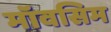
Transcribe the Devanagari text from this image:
मॉवसिम